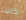
كانت